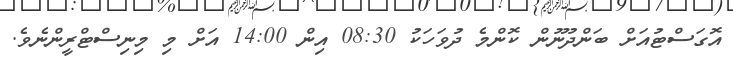
އޮގަސްޓުއަށް ބަންދުނޫން ކޮންމެ ދުވަހަކު 08:30 އިން 14:00 އަށް މި މިނިސްޓްރީންނެވެ.